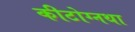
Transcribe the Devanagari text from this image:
कीटोग्नथा